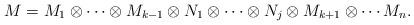
LaTeX: \begin{align*}M = M_1 \otimes \cdots \otimes M_{k-1} \otimes N_1 \otimes \cdots \otimes N_j \otimes M_{k+1} \otimes \cdots M_n.\end{align*}